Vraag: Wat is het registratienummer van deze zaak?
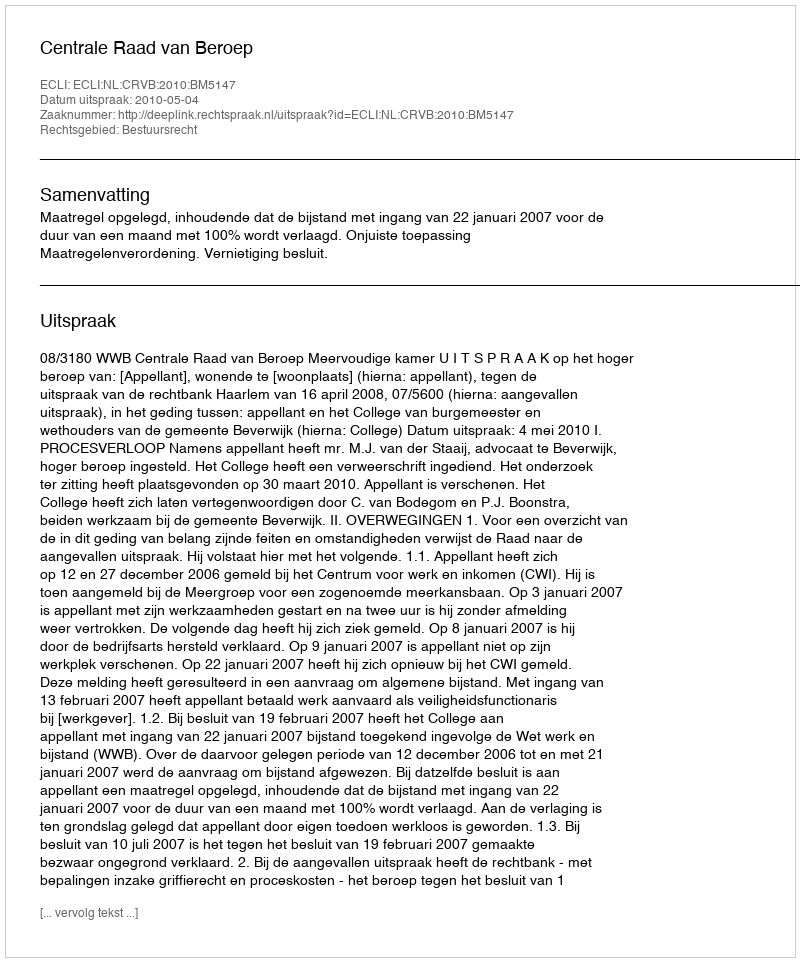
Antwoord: http://deeplink.rechtspraak.nl/uitspraak?id=ECLI:NL:CRVB:2010:BM5147